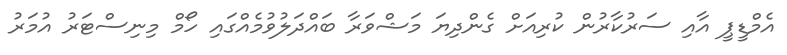
އެމްޑީޕީ އާއި ސަރުކާރުން ކުރިއަށް ގެންދިޔަ މަޝްވަރާ ބައްދަލުވުމެއްގައި ހޯމް މިނިސްޓަރު އުމަރު